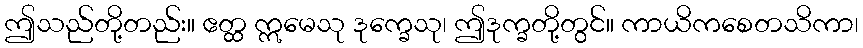
ဤသည်တို့တည်း။ ဧတ္ထ ဣမေသု ဒုက္ခေသု၊ ဤဒုက္ခတို့တွင်။ ကာယိကစေတသိကာ၊